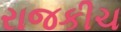
રાજકીચ